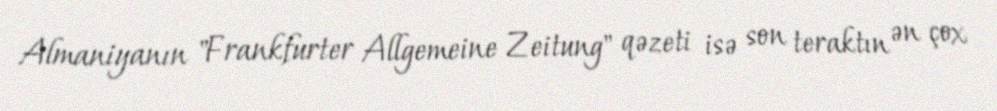
Almaniyanın "Frankfurter Allgemeine Zeitung" qəzeti isə son teraktın ən çox